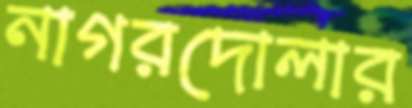
নাগরদোলার